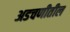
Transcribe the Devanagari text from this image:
अडचणीतील